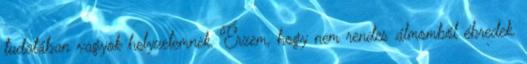
tudatában vagyok helyzetemnek. Érzem, hogy nem rendes álmomból ébredek.